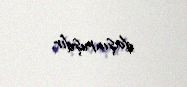
daşınmışdır.